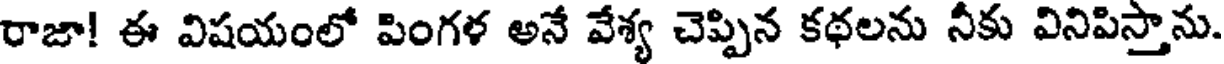
రాజా! ఈ విషయంలో పింగళ అనే వేశ్య చెప్పిన కథలను నీకు వినిపిస్తాను